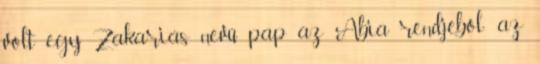
volt egy Zakariás nevű pap az Abia rendjéből; az